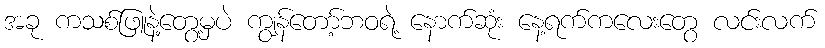
အခု ကသစ်ဖြူနဲ့တွေ့မှပဲ ကျွန်တော့်ဘဝရဲ့ နောက်ဆုံး နေ့ရက်ကလေးတွေ လင်းလက်